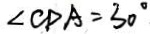
\angle C D A = 3 0 ^ { \circ }